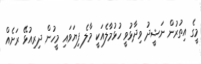
މީގެ އިތުރުން ނަޝީދު ވިދާޅުވީ ހުޅުމާލެއަކީ މާލެ ފިޔަވައި މީހުން ދިރިއުޅޭ ރަށެއް